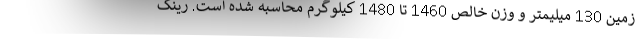
زمین 130 میلیمتر و وزن خالص 1460 تا 1480 کیلوگرم محاسبه شده است. رینگ